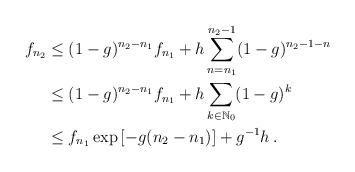
LaTeX: \begin{align*}f_{n_2} &\leq (1-g)^{n_2-n_1}f_{n_1} + h\sum_{n=n_1}^{n_2-1}(1-g)^{n_2-1-n}\\&\leq (1-g)^{n_2-n_1}f_{n_1} + h\sum_{k \in \mathbb{N}_0}(1-g)^k\\&\leq f_{n_1}\exp\left[-g(n_2-n_1)\right] + g^{-1}h\,.\end{align*}